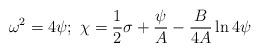
LaTeX: \begin{align*}\omega^{2}=4\psi ; \ \chi ={1 \over 2} \sigma +{\psi\over A} -{B \over 4A} \ln 4\psi\end{align*}